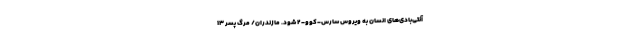
آنتی‌بادی‌های انسان به ویروس سارس-کوو-۲ شود. مازندران/ مرگ پسر ۱۳